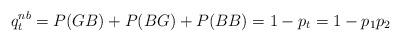
LaTeX: \begin{align*}q^{nb}_t=P(GB)+P(BG)+P(BB)=1-p_t=1-p_1p_2\end{align*}